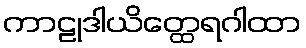
ကာဠုဒါယိတ္ထေရဂါထာ